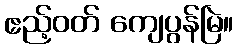
ဧည့်ဝတ် ကျေပွန်မြဲ။